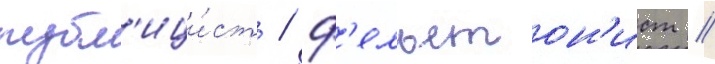
публ'ици́ст / ф'ельетон'ист /